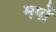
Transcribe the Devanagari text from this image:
मगों